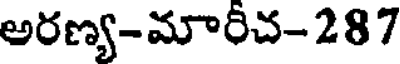
అరణ్య-మారీచ-287